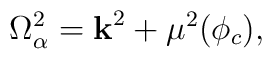
\Omega^2_{\alpha} = {\bf k}^2 + \mu^2 (\phi_c),